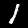
Label: 1